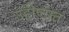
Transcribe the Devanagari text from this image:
उद्दीष्टात